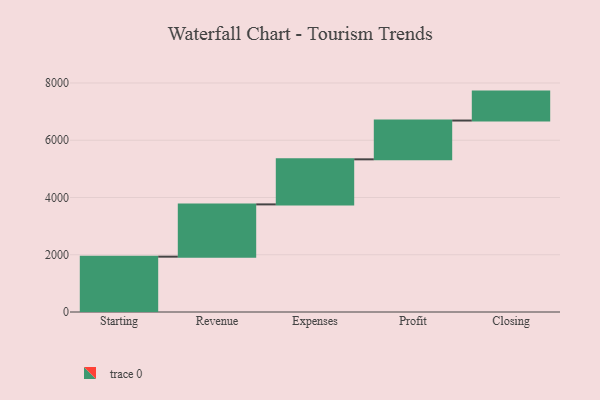
{"axis": {"x": "Step", "y": "Value"}, "legend": [""], "data": [{"x": "Starting", "y": 1933.0, "type": ""}, {"x": "Revenue", "y": 1826.0, "type": ""}, {"x": "Expenses", "y": 1574.0, "type": ""}, {"x": "Profit", "y": 1355.0, "type": ""}, {"x": "Closing", "y": 1011.0, "type": ""}]}